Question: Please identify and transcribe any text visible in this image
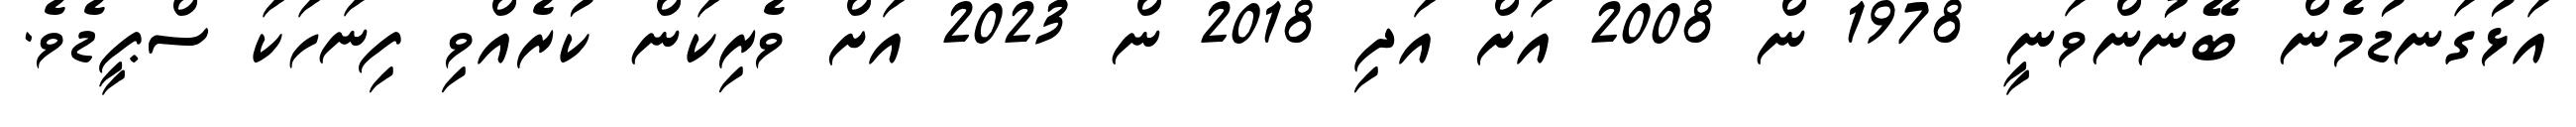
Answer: އަޅުގަނޑުމެން ބޭނުންވަނީ 1978 ން 2008 އަށް އަދި 2018 ން 2023 އަށް ވެރިކަން ކުރެއްވި ފިނަހަކަ ސްޕީޑެވެ.